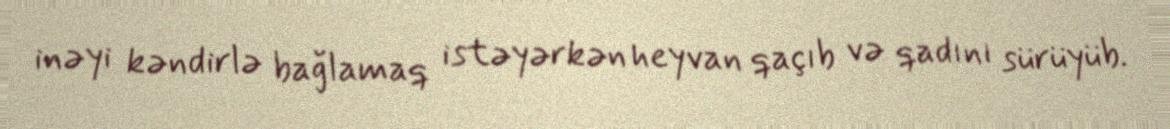
inəyi kəndirlə bağlamaq istəyərkən heyvan qaçıb və qadını sürüyüb.